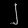
Digit: ၂